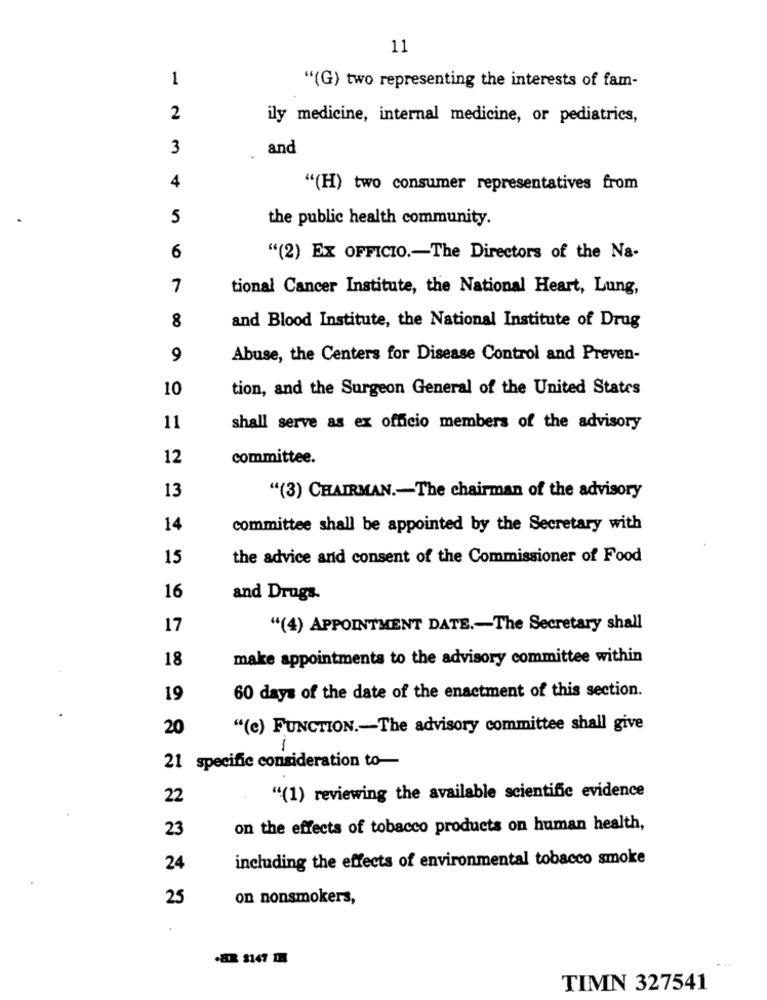
11
1
"(G) two representing the interests of fam-
2
ily medicine, internal medicine, or pediatrics,
3
and
4
"(H) two consumer representatives from
5
the public health community.
6
"(2) EX OFFICIO .- The Directors of the Na-
7
tional Cancer Institute, the National Heart, Lung,
8
and Blood Institute, the National Institute of Drug
9
Abuse, the Centers for Disease Control and Preven-
10
tion, and the Surgeon General of the United States
11
shall serve as ex officio members of the advisory
12
committee.
13
"(3) CHAIRMAN .- The chairman of the advisory
14
committee shall be appointed by the Secretary with
15
the advice and consent of the Commissioner of Food
16
and Drugs.
17
"(4) APPOINTMENT DATE .- The Secretary shall
18
make appointments to the advisory committee within
19
60 days of the date of the enactment of this section.
20
"(e) FUNCTION .- The advisory committee shall give
1
21 specific consideration to-
22
"(1) reviewing the available scientific evidence
23
on the effects of tobacco products on human health,
including the effects of environmental tobacco smoke
24
25
on nonsmokers,
.ER $147 DA
TIMN 327541